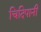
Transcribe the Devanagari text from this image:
चिदिपानी